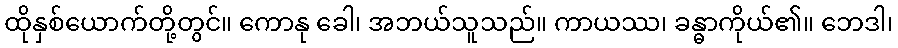
ထိုနှစ်ယောက်တို့တွင်။ ကောနု ခေါ၊ အဘယ်သူသည်။ ကာယဿ၊ ခန္ဓာကိုယ်၏။ ဘေဒါ၊